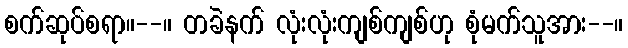
စက်ဆုပ်စရာ။--။ တခဲနက် လုံးလုံးကျစ်ကျစ်ဟု စုံမက်သူအား--။